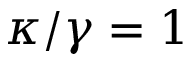
\kappa / \gamma = 1